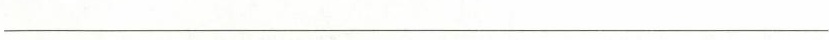
___